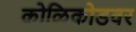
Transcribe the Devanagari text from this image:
कोळिकोडवर